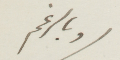
وبالرغم